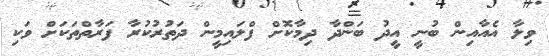
ވިލާ އެއާއިން ބުނީ އީދު ބަންދާ ދިމާކޮށް ފްލައިމީން ދަތުރުކުރާ ފަރާތްތަކަށް ވަކި